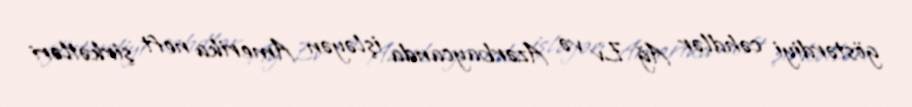
göstərdiyi cəhdlər Ağ Ev və Azərbaycanda işləyən Amerika neft şirkətləri